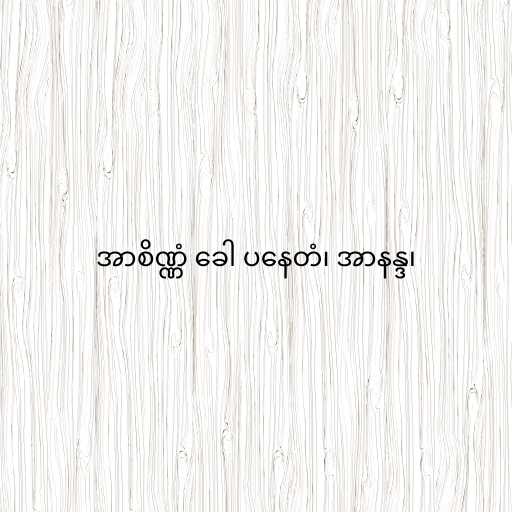
အာစိဏ္ဏံ ခေါ ပနေတံ၊ အာနန္ဒ၊